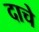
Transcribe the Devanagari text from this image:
दाचे